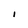
Character: I